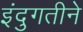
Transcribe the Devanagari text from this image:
इंदुगतीने